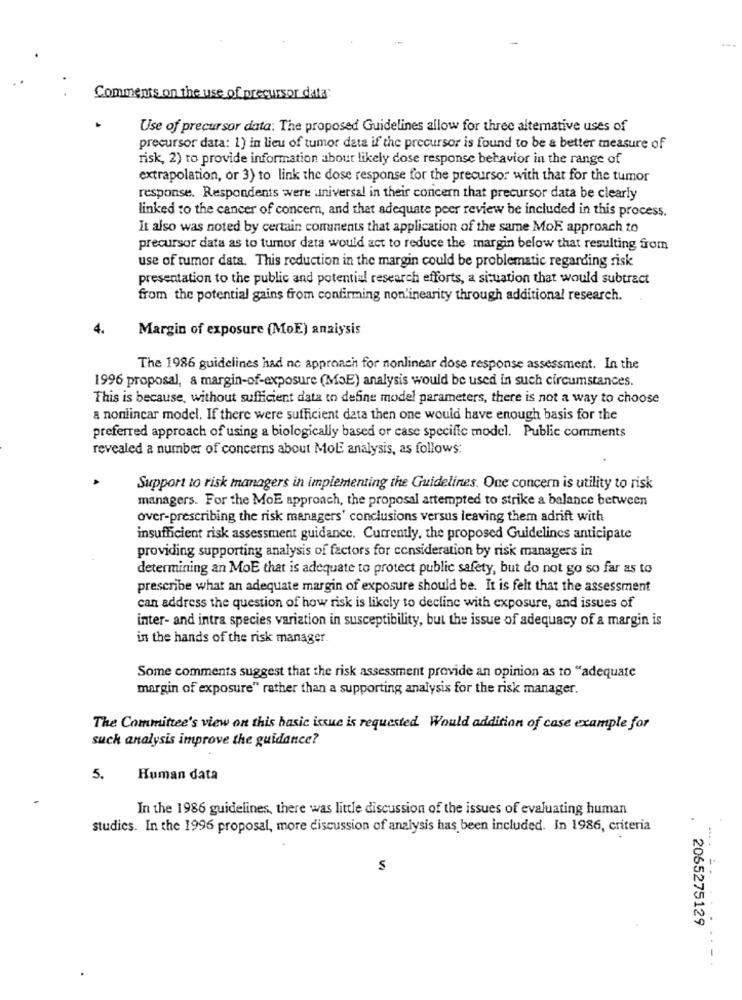
Comments on the use of precursor data:
Use of precursor data: The proposed Guidelines allow for three altemative uses of
precursor data: 1) in lieu of tumor data if the precursor is found to be a better measure of
risk, 2) to provide information about likely dose response behavior in the range of
extrapolation, or 3) to link the dose response for the precursor with that for the tumor
response. Respondents were universal in their concern that precursor data be clearly
linked to the cancer of concern, and that adequate peer review be included in this process.
It also was noted by certain comunents that application of the same Mok approach to
precursor data as to tumor data would act to reduce the margin below that resulting from
use of tumor data. This reduction in the margin could be problematic regarding risk
presentation to the public and potential research efforts, a situation that would subtract
from the potential gains from confirming non'inearity through additional research.
4.
Margin of exposure (MoE) analysis
The 1986 guidelines had ne approach for nonlinear dose response assessment. In the
1996 proposal, a margin-of-exposure (ME) analysis would be used in such circumstances.
This is because, without sufficient data to define model parameters, there is not a way to choose
a nonlinear model. If there were sufficient data then one would have enough basis for the
preferred approach of using a biologically based or case specific model. Public comments
revealed a number of concerns about MoE analysis, as follows:
Support to risk managers in implementing the Guidelines. One concern is utility to risk
managers. For the MoE approach, the proposal attempted to strike a balance between
over-prescribing the risk managers' conclusions versus leaving them adrift with
insufficient risk assessment guidance. Currently, the proposed Guidelines anticipate
providing supporting analysis of factors for consideration by risk managers in
determining an MoE that is adequate to protect public safety, but do not go so far as to
prescribe what an adequate margin of exposure should be. It is felt that the assessment
can address the question of how risk is likely to decline with exposure, and issues of
inter- and intra species variation in susceptibility, but the issue of adequacy of a margin is
in the hands of the risk manager.
Some comments suggest that the risk assessment provide an opinion as to "adequate
margin of exposure" rather than a supporting analysis for the risk manager.
The Committee's view on this basic issue is requested. Would addition of case example for
such analysis improve the guidance?
5.
Human data
In the 1986 guidelines, there was little discussion of the issues of evaluating human
studies. In the 1996 proposal, more discussion of analysis has been included. In 1986, criteria
.
$
2065275129